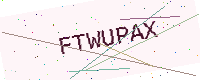
Text: FTWUPAX